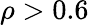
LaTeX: \rho>0.6